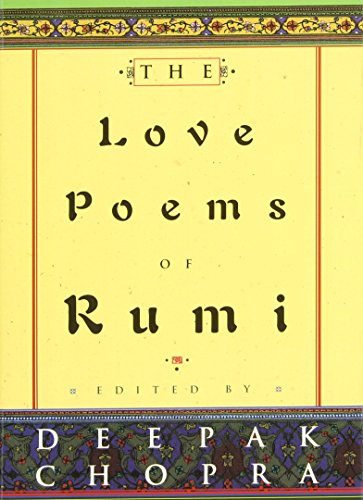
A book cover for The Love Poems of Rumi; Jalal al-Din Rumi; Literature & Fiction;